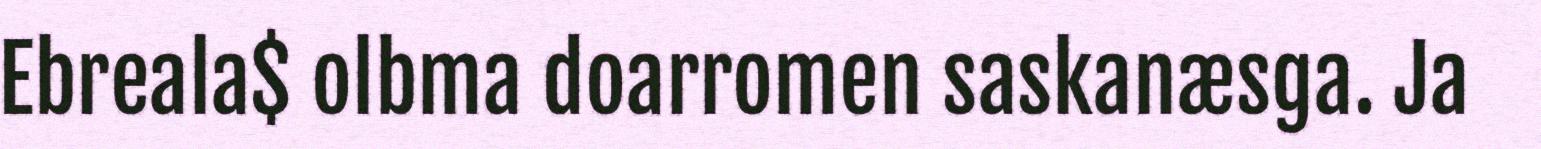
Ebreala$ olbma doarromen saskanæsga. Ja